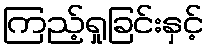
ကြည့်ရှုခြင်းနှင့်